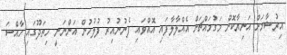
އިރުޝާމަށް އަނިޔާކޮށް މަގުމައްޗަށް އެއްލާލާފައި އޮއްވައި ފެނުނުއިރު ފުލުހުން އަންނަނީ ހިތަދޫގައި ހާއްސަ